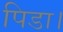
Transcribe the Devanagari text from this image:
पिडा।